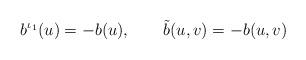
LaTeX: \begin{align*}b^{\iota_1}(u)=-b(u),\qquad \tilde b(u,v)=-b(u,v)\end{align*}